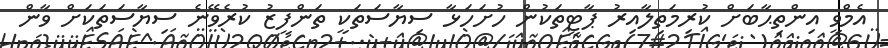
އެމްވީ އިންތިޙާބަށް ކުރިމަތިލާއިރު ޕާޓީތަކުން ހުށަހަޅާ ސިޔާސަތަކީ ތަންފީޒު ކުރެވޭނެ ސިޔާސަތަކަށް ވާން